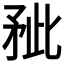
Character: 𰦐